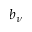
b _ { \nu }